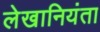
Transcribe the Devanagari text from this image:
लेखानियंता